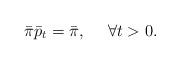
LaTeX: \begin{align*}\bar \pi\bar p_t = \bar \pi,~~~~\forall t>0.\end{align*}